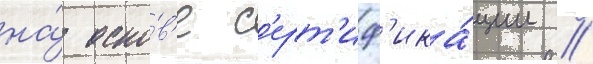
на́ осно́в'е с'ерт'иф'ика́ции //